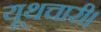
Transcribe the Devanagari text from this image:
यूथचारी।